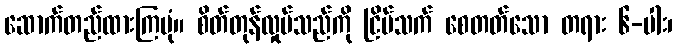
ဆောက်တည်ထားကြပုံ။ စိတ်တုန်လှုပ်သည်ကို ငြိမ်သက် စေတတ်သော တရား ၆-ပါး၊